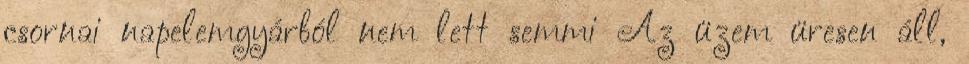
csornai napelemgyárból nem lett semmi Az üzem üresen áll,